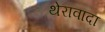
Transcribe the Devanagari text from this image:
थेरावादा